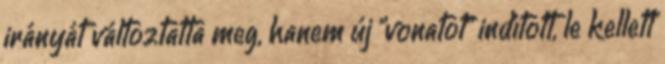
irányát változtatta meg, hanem új "vonatot" indított, le kellett